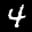
Label: 4